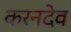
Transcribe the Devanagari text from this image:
करनदेव